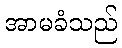
အာမခံသည်